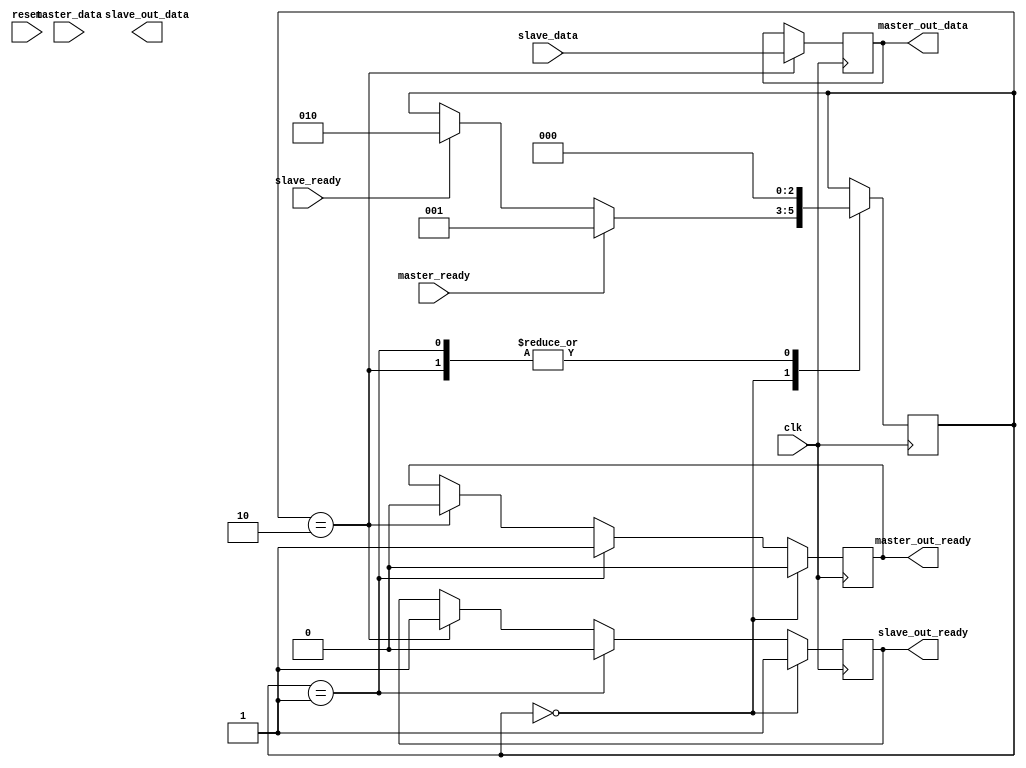
module spi_controller(
    input wire clk,
    input wire reset,
    input wire master_ready,
    input wire [7:0] master_data,
    output wire master_out_ready,
    output wire [7:0] master_out_data,
    input wire slave_ready,
    input wire [7:0] slave_data,
    output wire slave_out_ready,
    output wire [7:0] slave_out_data
);

// Clock signal generation logic
reg clk_out;
always @ (posedge clk or posedge reset) begin
    if (reset)
        clk_out <= 1'b0;
    else
        clk_out <= ~clk_out;
end

// Data synchronization logic
reg [7:0] master_sync_data;
always @ (posedge clk) begin
    if (master_ready)
        master_sync_data <= master_data;
end

// Timing constraints enforcement
reg [2:0] state;
parameter IDLE = 3'b000;
parameter TRANSMIT = 3'b001;
parameter RECEIVE = 3'b010;

always @ (posedge clk) begin
    case (state)
        IDLE: begin
            if (master_ready)
                state <= TRANSMIT;
            else if (slave_ready)
                state <= RECEIVE;
        end
        TRANSMIT: begin
            // Data transmission logic here
            state <= IDLE;
        end
        RECEIVE: begin
            // Data reception logic here
            state <= IDLE;
        end
    endcase
end

// Sequencing of data transmission and reception
always @ (posedge clk) begin
    if (state == IDLE) begin
        master_out_ready <= 1'b0;
        slave_out_ready <= 1'b1;
    end else if (state == TRANSMIT) begin
        master_out_ready <= 1'b1;
        slave_out_ready <= 1'b0;
    end else if (state == RECEIVE) begin
        master_out_ready <= 1'b0;
        slave_out_ready <= 1'b1;
    end
end

// Output data logic
always @ (posedge clk) begin
    case (state)
        RECEIVE: begin
            master_out_data <= slave_data;
        end
    endcase
end

endmodule